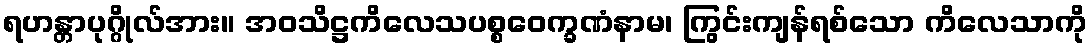
ရဟန္တာပုဂ္ဂိုလ်အား။ အဝသိဋ္ဌကိလေသပစ္စဝေက္ခဏံနာမ၊ ကြွင်းကျန်ရစ်သော ကိလေသာကို